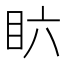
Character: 𱲪